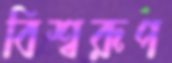
বিশ্বরূপ